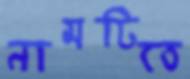
নামটিতে